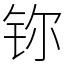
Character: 鿭